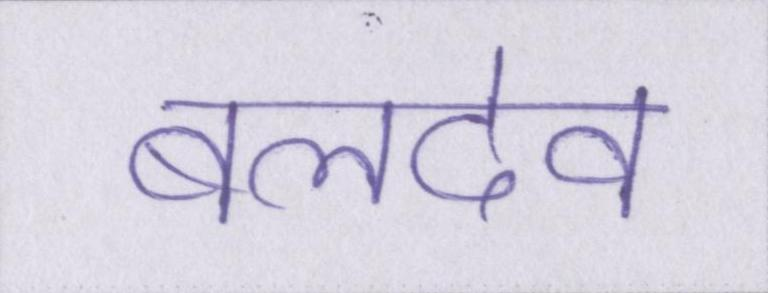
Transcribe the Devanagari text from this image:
बलदेव